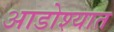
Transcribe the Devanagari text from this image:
आडोश्यात